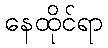
နေထိုင်ရာ